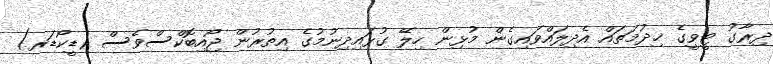
ދިރާގު ޓީވީގެ ޚިދުމަތައް އެދިލައްވައިގެން މުޅިން ހިލޭ ގުޅައިދިނުމުގެ އިތުރުން ޖޯއިބޮކްސްވެސް (ޑީކޯޑަރ)